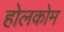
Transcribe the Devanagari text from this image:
होलकोम